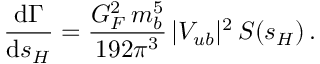
{ \frac { \mathrm { d } \Gamma } { \mathrm { d } s _ { H } } } = { \frac { G _ { F } ^ { 2 } \, m _ { b } ^ { 5 } } { 1 9 2 \pi ^ { 3 } } } \, | V _ { u b } | ^ { 2 } \, S ( s _ { H } ) \, .